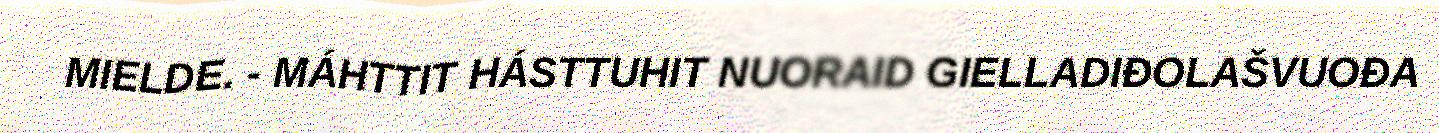
MIELDE. - MÁHTTIT HÁSTTUHIT NUORAID GIELLADIĐOLAŠVUOĐA